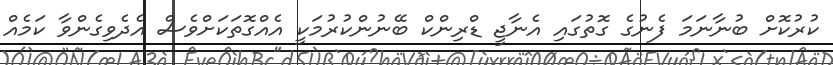
ކުރުކޮށް ބުނާނަމަ ފެނުގެ ގޮތުގައި އެނާޖީ ޑްރިންކް ބޭނުންކުރުމަކީ އެއްގޮތަކަށްވެސް އެދެވިގެންވާ ކަމެއް